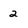
Character: 2